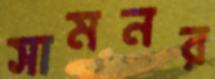
সামনর